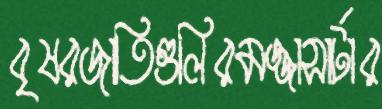
বৃষরজাতিগুলিরমজ্জাসার্টার